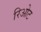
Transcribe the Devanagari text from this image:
रिओट